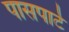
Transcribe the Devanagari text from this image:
पासपार्ट